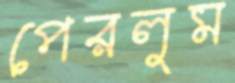
পেরলুম